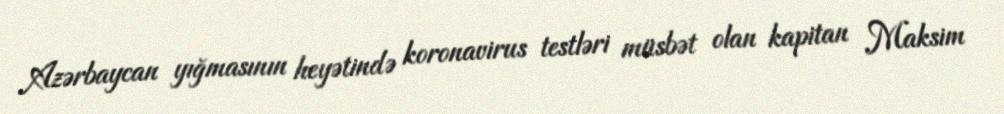
Azərbaycan yığmasının heyətində koronavirus testləri müsbət olan kapitan Maksim